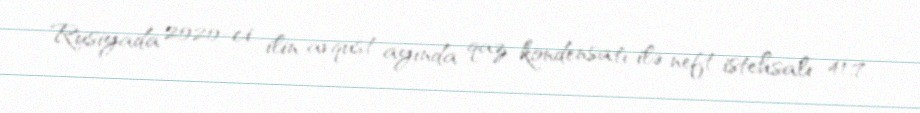
Rusiyada 2020-ci ilin avqust ayında qaz kondensatı ilə neft istehsalı 41,7